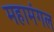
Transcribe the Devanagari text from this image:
महामंगल